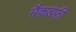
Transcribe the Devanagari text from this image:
मैकडफी